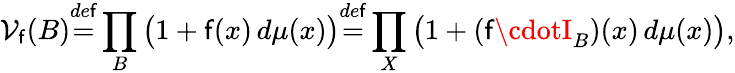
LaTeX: {\cal{V}}_{\mathsf{f}}(B){\overset{de\mathsf{f}}{=}}\prod_{B}{\big(}1+\mathsf{f}(x)\, d\mu(x){\big)}{\overset{de\mathsf{f}}{=}}\prod_{X}{\big(}1+(\mathsf{f}\cdotI_{B})(x)\, d\mu(x){\big)},